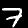
Digit: 7